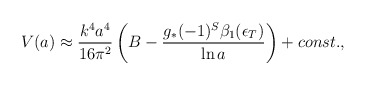
\begin{align*}{V}(a) \approx {k^4 a^4\over 16\pi^2}\left(B - {g_*(-1)^{S}\beta_1(\epsilon_T) \over \ln a}\right) + const.,\end{align*}